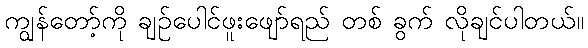
ကျွန်တော့်ကို ချဉ်ပေါင်ဖူးဖျော်ရည် တစ် ခွက် လိုချင်ပါတယ်။